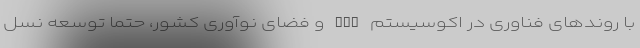
با روندهای فناوری در اکوسیستم TMT و فضای نوآوری کشور، حتما توسعه نسل